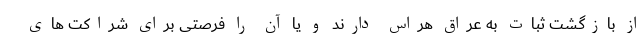
از بازگشت ثبات به عراق هراس دارند و یا آن را فرصتی برای شراکت های